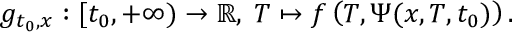
g _ { t _ { 0 } , x } : [ t _ { 0 } , + \infty ) \to \mathbb { R } , \; T \mapsto f \left( T , \Psi ( x , T , t _ { 0 } ) \right) .